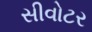
સીવોટર